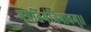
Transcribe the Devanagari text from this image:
भूपतिमंत्रिभावम्।।